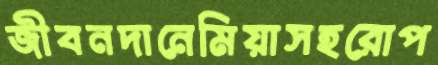
জীবনদানেমিয়াসহরোপ